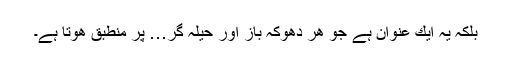
بلكہ یہ ایك عنوان ہے جو ھر دھوكہ باز اور حیلہ گر… پر منطبق ھوتا ہے۔